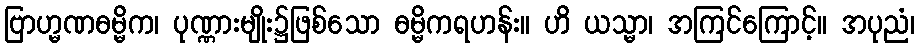
ဗြာဟ္မဏဓမ္မိက၊ ပုဏ္ဏားမျိုး၌ဖြစ်သော ဓမ္မိကရဟန်း။ ဟိ ယသ္မာ၊ အကြင်ကြောင့်။ အပုညံ၊